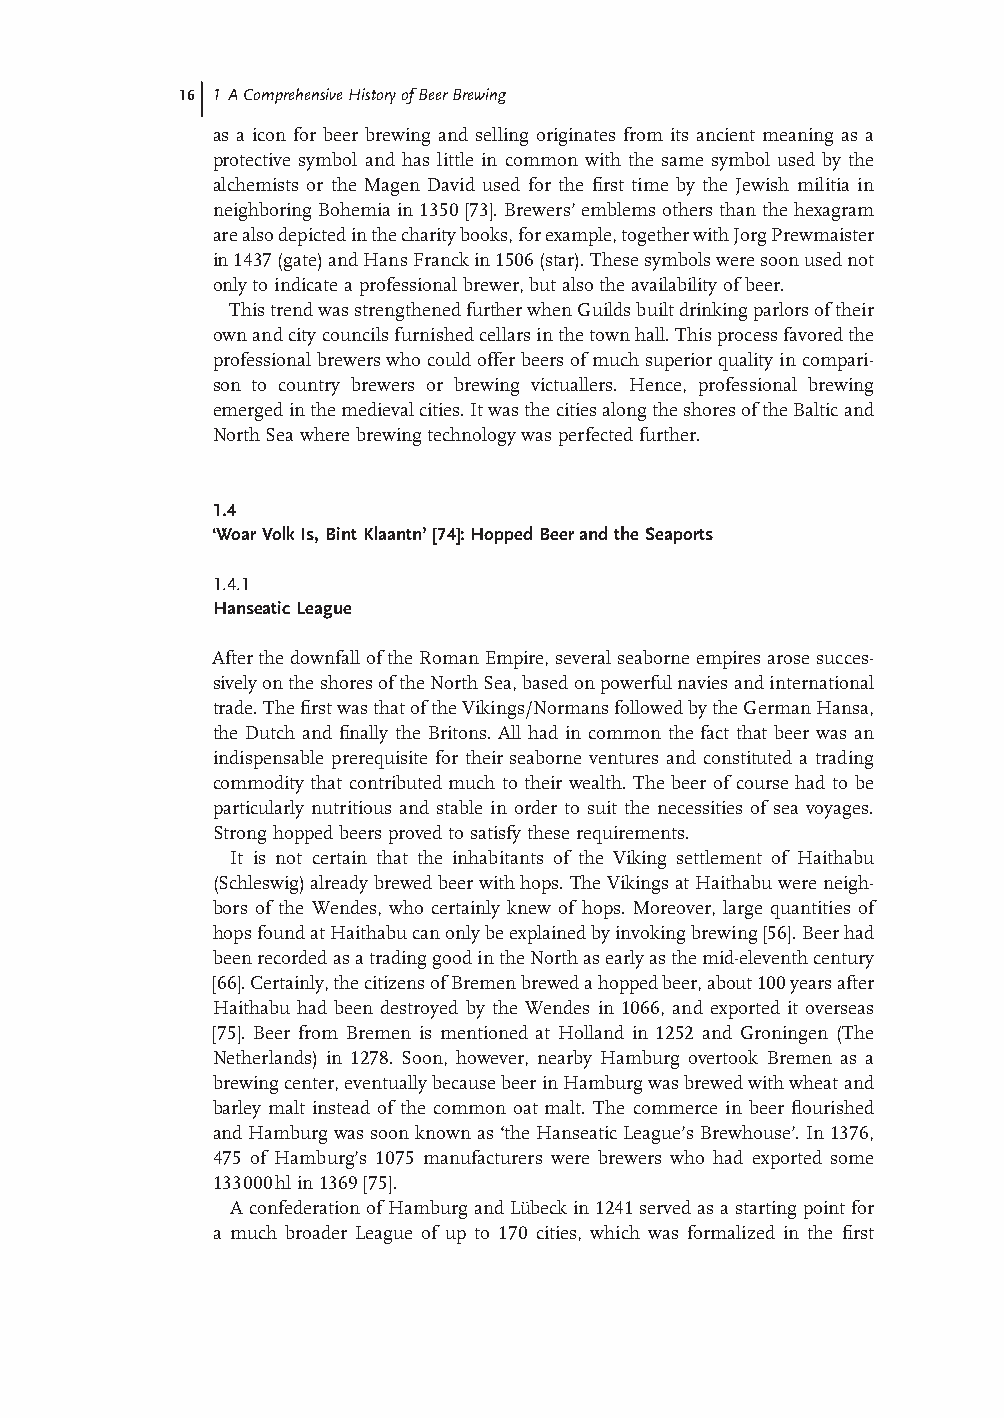
16 1 A Comprehensive History of Beer Brewing
 as a icon for beer brewing and selling originates from its ancient meaning as a
 protective symbol and has little in common with the same symbol used by the
 alchemists or the Magen David used for the fi rst time by the Jewish militia in
 neighboring Bohemia in 1350 [ 73] . Brewers ’ emblems others than the hexagram
 are also depicted in the charity books, for example, together with Jorg Prewmaister
 in 1437 (gate) and Hans Franck in 1506 (star). These symbols were soon used not
 only to indicate a professional brewer, but also the availability of beer.
 This trend was strengthened further when Guilds built drinking parlors of their
 own and city councils furnished cellars in the town hall. This process favored the
 professional brewers who could offer beers of much superior quality in compari-
 son to country brewers or brewing victuallers. Hence, professional brewing
 emerged in the medieval cities. It was the cities along the shores of the Baltic and
 North Sea where brewing technology was perfected further.
 1.4
 ‘ Woar Volk Is, Bint Klaantn’ [74] : Hopped Beer and the Seaports
 1.4.1
 Hanseatic League
 After the downfall of the Roman Empire, several seaborne empires arose succes-
 sively on the shores of the North Sea, based on powerful navies and international
 trade. The fi rst was that of the Vikings/Normans followed by the German Hansa,
 the Dutch and fi nally the Britons. All had in common the fact that beer was an
 indispensable prerequisite for their seaborne ventures and constituted a trading
 commodity that contributed much to their wealth. The beer of course had to be
 particularly nutritious and stable in order to suit the necessities of sea voyages.
 Strong hopped beers proved to satisfy these requirements.
 It is not certain that the inhabitants of the Viking settlement of Haithabu
 (Schleswig) already brewed beer with hops. The Vikings at Haithabu were neigh-
 bors of the Wendes, who certainly knew of hops. Moreover, large quantities of
 hops found at Haithabu can only be explained by invoking brewing [ 56] . Beer had
 been recorded as a trading good in the North as early as the mid- eleventh century
 [66] . Certainly, the citizens of Bremen brewed a hopped beer, about 100 years after
 Haithabu had been destroyed by the Wendes in 1066, and exported it overseas
 [75] . Beer from Bremen is mentioned at Holland in 1252 and Groningen (The
 Netherlands) in 1278. Soon, however, nearby Hamburg overtook Bremen as a
 brewing center, eventually because beer in Hamburg was brewed with wheat and
 barley malt instead of the common oat malt. The commerce in beer fl ourished
 and Hamburg was soon known as ‘ the Hanseatic League ’ s Brewhouse ’ . In 1376,
 475 of Hamburg ’ s 1075 manufacturers were brewers who had exported some
 133 000 hl in 1369 [75] .
 A confederation of Hamburg and L ü beck in 1241 served as a starting point for
 a much broader League of up to 170 cities, which was formalized in the fi rst